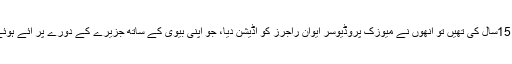
جب وہ 15سال کی تھیں تو انھوں نے میوزک پروڈیوسر ایوان راجرز کو آڈیشن دیا، جو اپنی بیوی کے ساتھ جزیرے کے دورے پر آئے ہوئے تھے۔